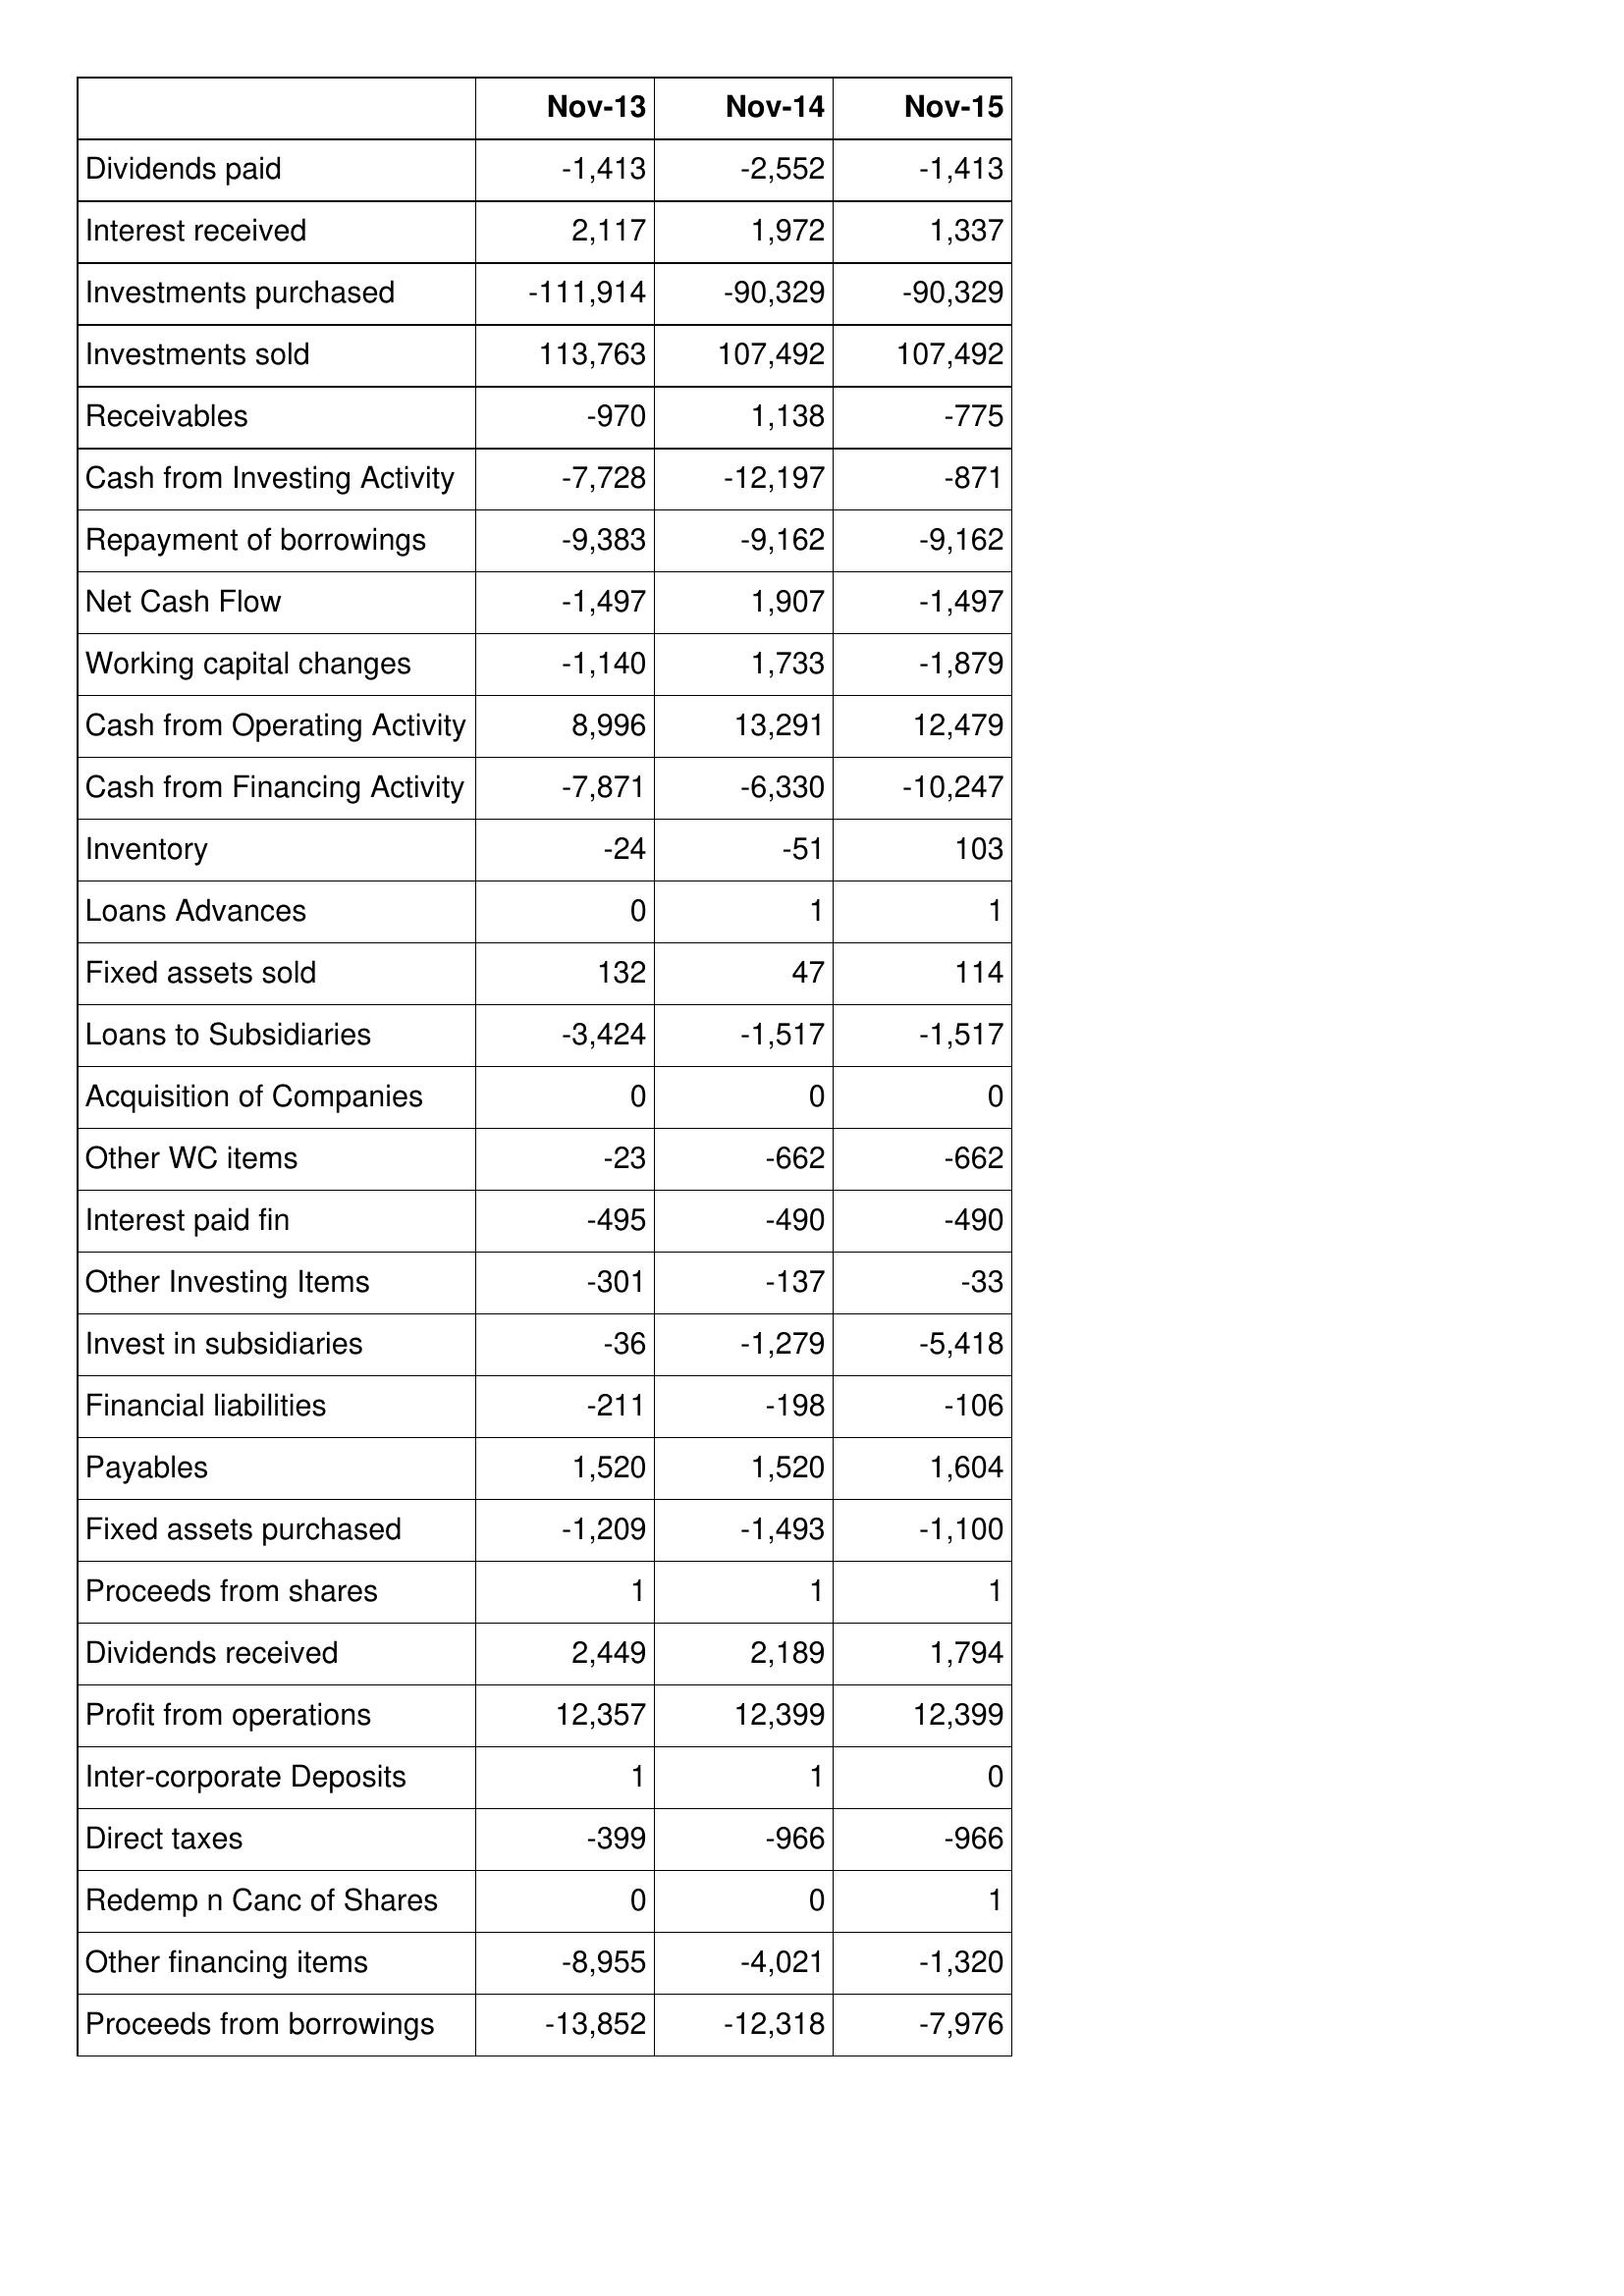
Nov-13: Cash Flows: Dividends paid: -1,413
Interest received: 2,117
Investments purchased: -111,914
Investments sold: 113,763
Receivables: -970
Cash from Investing Activity: -7,728
Repayment of borrowings: -9,383
Net Cash Flow: -1,497
Working capital changes: -1,140
Cash from Operating Activity: 8,996
Cash from Financing Activity: -7,871
Inventory: -24
Loans Advances: 0
Fixed assets sold: 132
Loans to Subsidiaries: -3,424
Acquisition of Companies: 0
Other WC items: -23
Interest paid fin: -495
Other Investing Items: -301
Invest in subsidiaries: -36
Financial liabilities: -211
Payables: 1,520
Fixed assets purchased: -1,209
Proceeds from shares: 1
Dividends received: 2,449
Profit from operations: 12,357
Inter-corporate Deposits: 1
Direct taxes: -399
Redemp n Canc of Shares: 0
Other financing items: -8,955
Proceeds from borrowings: -13,852
Nov-14: Cash Flows: Dividends paid: -2,552
Interest received: 1,972
Investments purchased: -90,329
Investments sold: 107,492
Receivables: 1,138
Cash from Investing Activity: -12,197
Repayment of borrowings: -9,162
Net Cash Flow: 1,907
Working capital changes: 1,733
Cash from Operating Activity: 13,291
Cash from Financing Activity: -6,330
Inventory: -51
Loans Advances: 1
Fixed assets sold: 47
Loans to Subsidiaries: -1,517
Acquisition of Companies: 0
Other WC items: -662
Interest paid fin: -490
Other Investing Items: -137
Invest in subsidiaries: -1,279
Financial liabilities: -198
Payables: 1,520
Fixed assets purchased: -1,493
Proceeds from shares: 1
Dividends received: 2,189
Profit from operations: 12,399
Inter-corporate Deposits: 1
Direct taxes: -966
Redemp n Canc of Shares: 0
Other financing items: -4,021
Proceeds from borrowings: -12,318
Nov-15: Cash Flows: Dividends paid: -1,413
Interest received: 1,337
Investments purchased: -90,329
Investments sold: 107,492
Receivables: -775
Cash from Investing Activity: -871
Repayment of borrowings: -9,162
Net Cash Flow: -1,497
Working capital changes: -1,879
Cash from Operating Activity: 12,479
Cash from Financing Activity: -10,247
Inventory: 103
Loans Advances: 1
Fixed assets sold: 114
Loans to Subsidiaries: -1,517
Acquisition of Companies: 0
Other WC items: -662
Interest paid fin: -490
Other Investing Items: -33
Invest in subsidiaries: -5,418
Financial liabilities: -106
Payables: 1,604
Fixed assets purchased: -1,100
Proceeds from shares: 1
Dividends received: 1,794
Profit from operations: 12,399
Inter-corporate Deposits: 0
Direct taxes: -966
Redemp n Canc of Shares: 1
Other financing items: -1,320
Proceeds from borrowings: -7,976